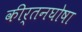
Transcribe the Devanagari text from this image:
कीर्तनघोषा